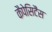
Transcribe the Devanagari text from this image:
कैपेसिटैंस